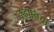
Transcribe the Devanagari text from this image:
कहानियां